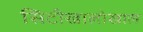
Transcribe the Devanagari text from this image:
सिटीखालोखाल